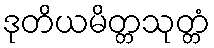
ဒုတိယမိတ္တသုတ္တံ